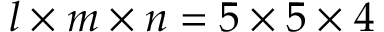
l \times m \times n = 5 \times 5 \times 4